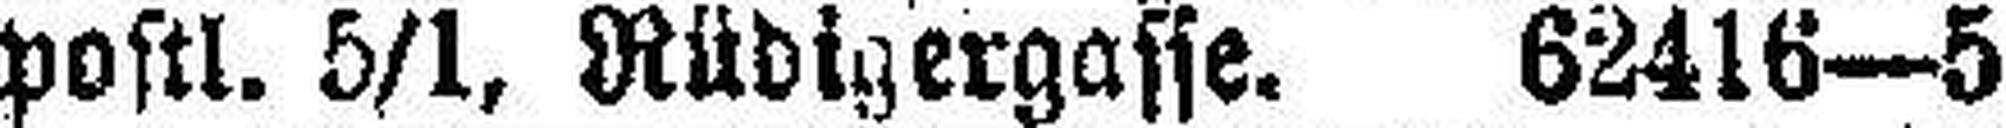
postl. 5/1, Rüdigergasse. 62416—5